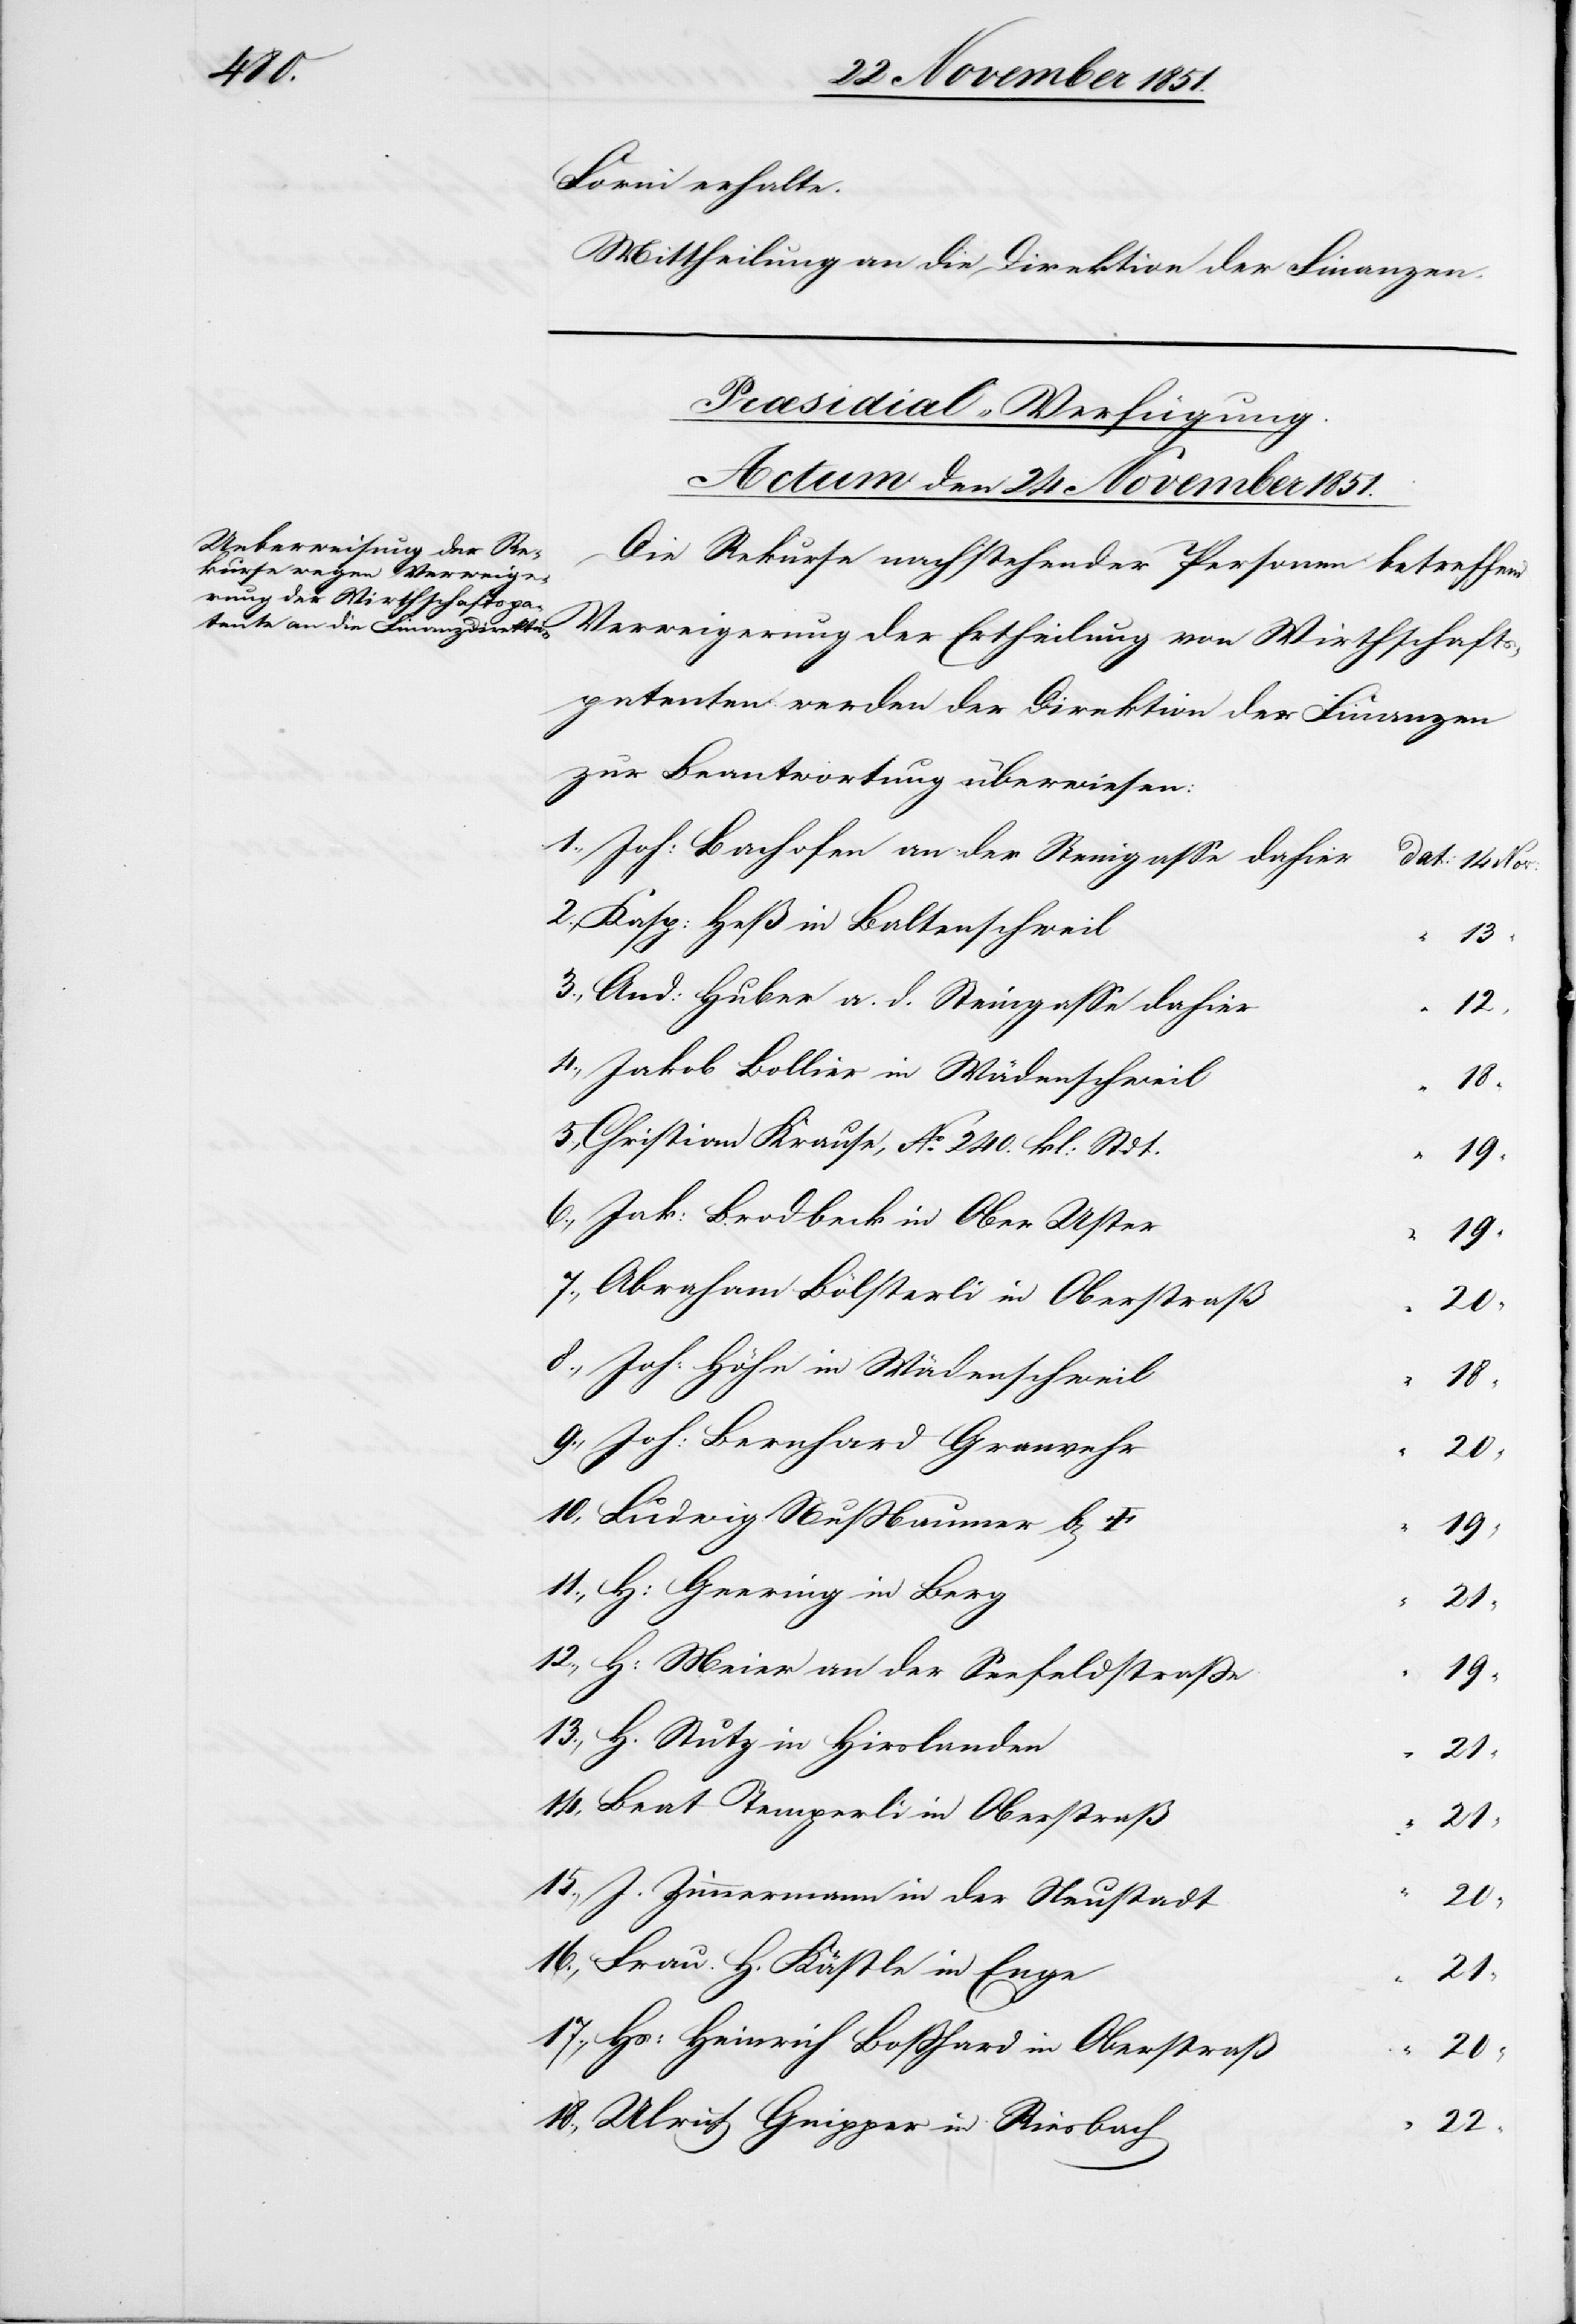
18.,

Form erhalte.
Mittheilung an die Direktion der Finanzen.
Præsidial-Verfügung.
Actum den 24 November 1851.
Die Rekurse nachstehender Personen betreffend
Verweigerung der Ertheilung von Wirthschafts¬
patenten werden der Direktion der Finanzen
zur Beantwortung überwiesen:
Joh: Bachofen an der Steingasse dahier
Kasp: Heß in Baltenschweil
13.,
And: Huber a. d. Steingasse dahier
12.,
Jakob Bollier in Wädenschweil
18
Christian Krause, No. 240. kl: Stdt.
19
Jak: Brodbeck in Ober Uster
19
7.,
Abraham Bölsterli in Oberstraß
14,
Joh: Höhn in Wädenschweil
Joh: Bernhard Granvehr
11.,
H: Geering in Berg
21
H: Meier an der Seefeldstraße
19
H. Stutz in Hirslanden
Beat Temperli in Oberstraß
“
15.,
J. Zimmermann in der Neustadt
20
Frau H. Kästle in Enge
17.,
Hs: Heinrich Boßhard in Oberstraß
“
20
Ulrich Gnipper in Riesbach